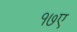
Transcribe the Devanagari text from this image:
१७ए